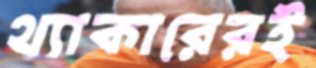
থ্যাকারেরই